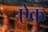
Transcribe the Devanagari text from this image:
एेक